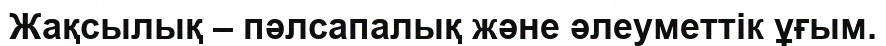
Жақсылық – пәлсапалық және әлеуметтік ұғым.